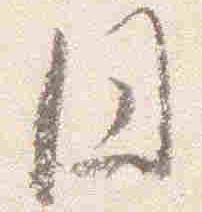
円